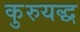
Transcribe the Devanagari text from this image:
कुरुयद्ध